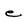
Character: e